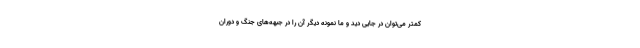
کمتر می‌توان در جایی دید و ما نمونه دیگر آن را در جبهه‌های جنگ و دوران